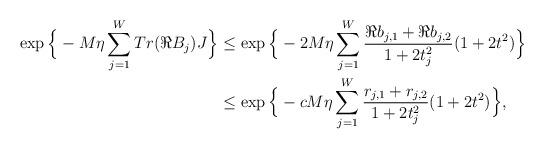
LaTeX: \begin{align*}\exp\Big{\{} -M\eta\sum_{j=1}^W Tr (\Re B_j)J\Big{\}}&\leq \exp\Big{\{} -2M\eta\sum_{j=1}^W \frac{ \Re b_{j,1}+\Re b_{j,2}}{1+2t_j^2} (1+2t^2)\Big{\}}\\&\leq \exp\Big{\{} -cM\eta \sum_{j=1}^W \frac{ r_{j,1}+r_{j,2}}{1+2t_j^2}(1+2t^2)\Big{\}}, \end{align*}